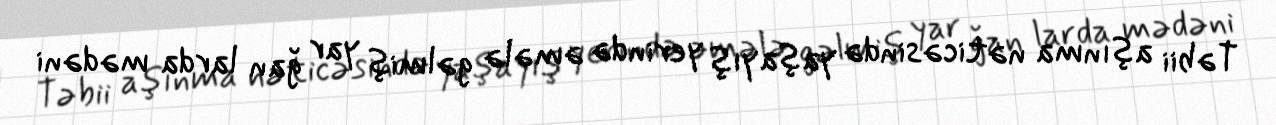
Təbii aşınma nəticəsində yaşayış yerində əmələ gəlmiş yar ğan larda mədəni